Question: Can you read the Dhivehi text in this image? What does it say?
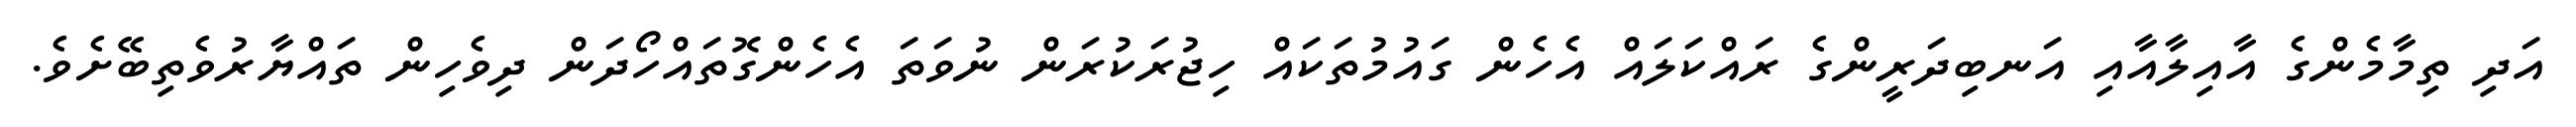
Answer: އަދި ތިމާމެންގެ އާއިލާއާއި އަނބިދަރީންގެ ރައްކަލައް އެހެން ގައުމުތަކައް ހިޖުރަކުރަން ނުވަތަ އެހެންގޮތައްހޯދަން ދިވެހިން ތައްޔާރުވެތިބޭށެވެ.